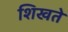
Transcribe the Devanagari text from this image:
शिखते